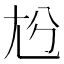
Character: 𡯔